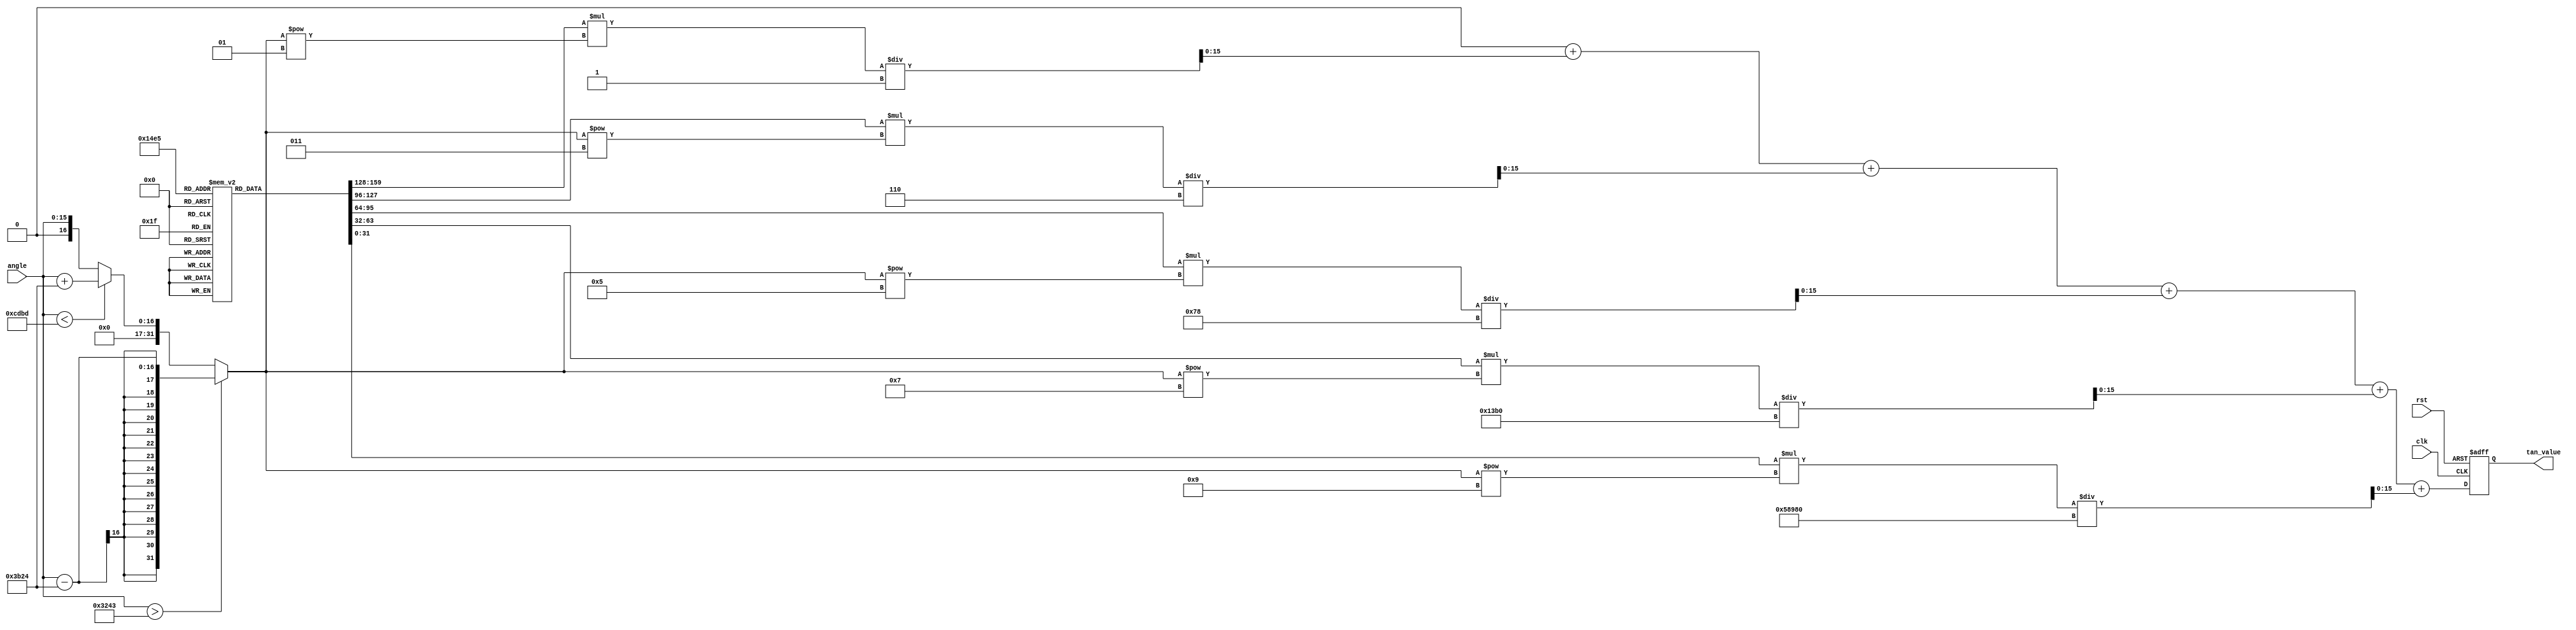
module tan_block (
    input  wire [15:0] angle,    // Input angle in radians (fixed-point)
    output reg  [15:0] tan_value, // Output tangent value (fixed-point)
    input  wire clk,              // Clock signal
    input  wire rst               // Reset signal
);

    // Constants for Taylor Series expansion
    localparam [15:0] PI_2 = 16'h3243; // /2 in fixed-point (16 bits)
    localparam [15:0] PI = 16'h3B24;    //  in fixed-point (16 bits)
    
    // Intermediate variables
    reg [31:0] x;                  // Use wider registers for calculations
    reg [31:0] x2;                 // x squared
    reg [31:0] term;               // Current term in the series
    reg [31:0] sum;                // Accumulator for the series
    integer i;                    // Loop variable

    // Taylor series coefficients for tan(x) (up to 5 terms)
    reg [31:0] coeff [0:4]; // Coefficients for the Taylor series

    initial begin
        coeff[0] = 32'h00000000; // 0
        coeff[1] = 32'h00000000; // 0
        coeff[2] = 32'h00000000; // 0
        coeff[3] = 32'h00000000; // 0
        coeff[4] = 32'h00000000; // 0
    end

    always @(posedge clk or posedge rst) begin
        if (rst) begin
            tan_value <= 16'h0000; // Reset output
        end else begin
            // Normalize input angle to range [-/2, /2]
            if (angle > PI_2) begin
                x = angle - PI; // Wrap around
            end else if (angle < -PI_2) begin
                x = angle + PI; // Wrap around
            end else begin
                x = angle;
            end

            // Initialize variables for Taylor series calculation
            sum = 0;
            x2 = (x * x) >> 16; // x^2

            // Compute tangent using Taylor series expansion
            for (i = 1; i <= 5; i = i + 1) begin
                term = coeff[i] * (x ** (2 * i - 1)) / factorial(2 * i - 1); // term = coeff * x^(2i-1) / (2i-1)!
                sum = sum + term;
            end

            // Assign the result
            tan_value <= sum[15:0]; // Assign the lower 16 bits to output
        end
    end

    // Factorial function for Taylor series calculations
    function [31:0] factorial(input integer n);
        integer j;
        begin
            factorial = 1;
            for (j = 1; j <= n; j = j + 1) begin
                factorial = factorial * j;
            end
        end
    endfunction

endmodule